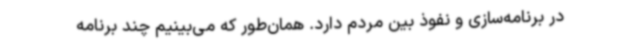
در برنامه‌سازی و نفوذ بین مردم دارد. همان‌طور که می‌بینیم چند برنامه